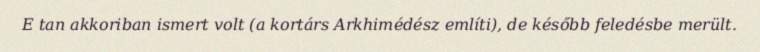
E tan akkoriban ismert volt (a kortárs Arkhimédész említi), de később feledésbe merült.